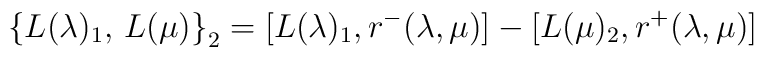
\big\{L(\lambda)_1,\, L(\mu)\big\}_2	=\big[L(\lambda)_1,r^-(\lambda,\mu)\big]	-\big[L(\mu)_2,r^+(\lambda,\mu)]